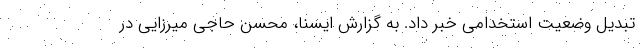
تبدیل وضعیت استخدامی خبر داد. به گزارش ایسنا، محسن حاجی میرزایی در